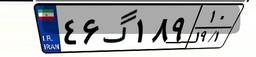
۴۶گ۱۸۹۱۰